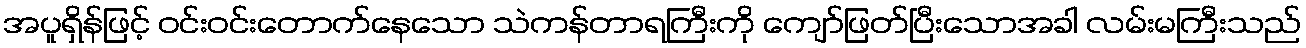
အပူရှိန်ဖြင့် ဝင်းဝင်းတောက်နေသော သဲကန်တာရကြီးကို ကျော်ဖြတ်ပြီးသောအခါ လမ်းမကြီးသည်